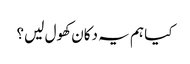
کیا ہم یہ دکان کھول لیں؟